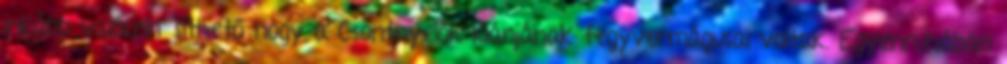
inkább valószínűsíthető hogy a Csontnyelők klánjának fegyvermágusai voltak. Egyenruhában